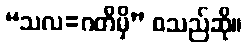
“သလ=ဂတိမှိ” စသည်ဆို။